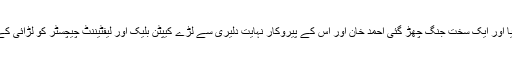
احمد خان گجیرہ کے نزدیک برطانوی افواج کے مقابلے پر آیا اور ایک سخت جنگ چھڑ گئی احمد خان اور اس کے پیروکار نہایت دلیری سے لڑے کیپٹن بلیک اور لیفٹیننٹ چیچسٹر کو لڑائی کے دوران گھیر لیا گیا دونوں فریقین کو بھاری نقصانات ہوئے۔